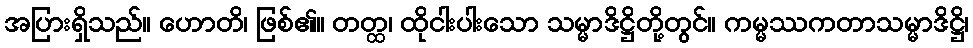
အပြားရှိသည်။ ဟောတိ၊ ဖြစ်၏။ တတ္ထ၊ ထိုငါးပါးသော သမ္မာဒိဋ္ဌိတို့တွင်။ ကမ္မဿကတာသမ္မာဒိဋ္ဌိ၊